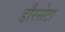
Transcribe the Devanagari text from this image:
डौरसेटा